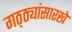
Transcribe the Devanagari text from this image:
गठ्ठ्यांसारखे